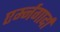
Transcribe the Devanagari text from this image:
एर्म्नगार्दा